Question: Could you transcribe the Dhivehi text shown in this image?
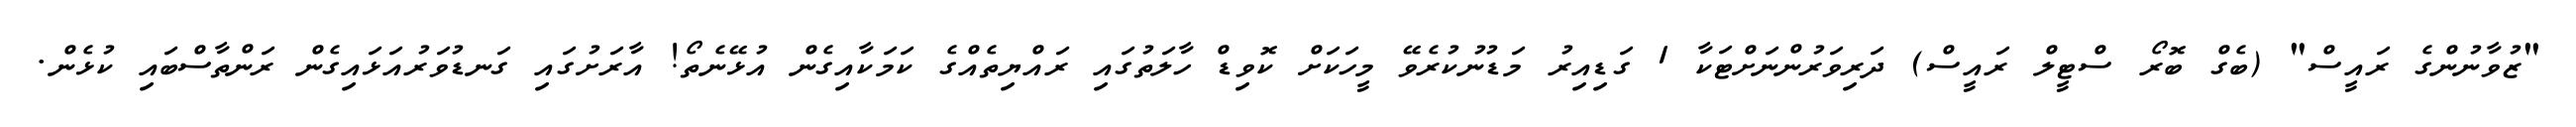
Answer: "ޒުވާނުންގެ ރައީސް" (ބެގް ބޮރޯ ސްޓީލް ރައީސް) ދަރިވަރުންނަށްޓަކާ 1 ގަޑިއިރު މަޑުނުކުރެވޭ މީހަކަށް ކޮވިޑް ހާލަތުގައި ރައްޔިތެއްގެ ކަމަކާއިގެން އުޅޭނެތޯ! އާރަށުގައި ގަނޑުވަރުއަޅައިގެން ރަންތާސްބައި ކުޅެން.